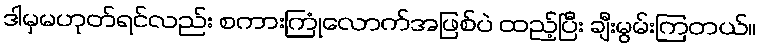
ဒါမှမဟုတ်ရင်လည်း စကားကြုံလောက်အဖြစ်ပဲ ထည့်ပြီး ချီးမွမ်းကြတယ်။